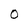
Character: O